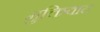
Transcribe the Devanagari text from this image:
मुक्तिवाद